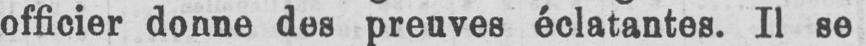
officier donne des preuves éclatantes. Il se